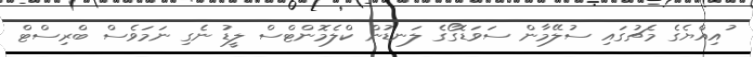
ުއިއްޔެގެ މެޗުގައި ސުލޭމާން ސަވަޑޮގޯގެ ލަނޑުން ކްލެމޮންޓްސް ލީޑު ނެގި ނަމަވެސް ބްރިސްޓް